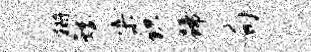
栅矮渠识蹄荀